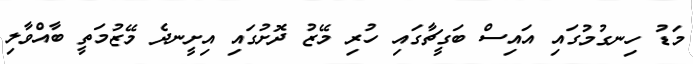
މަޑު ހިނގުމުގައި އައިސް ބަގީޗާގައި ހުރި މޭޒު ދޮށުގައި އިށީނދެ މޭޒުމަތީ ބާއްވާލި